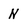
Character: N